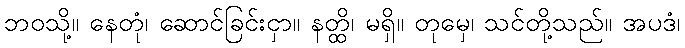
ဘဝသို့။ နေတုံ၊ ဆောင်ခြင်းငှာ။ နတ္ထိ၊ မရှိ။ တုမှေ၊ သင်တို့သည်။ အပဒံ၊